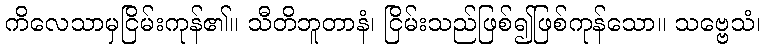
ကိလေသာမှငြိမ်းကုန်၏။ သီတိဘူတာနံ၊ ငြိမ်းသည်ဖြစ်၍ဖြစ်ကုန်သော။ သဗ္ဗေသံ၊